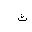
Letter: _tha